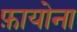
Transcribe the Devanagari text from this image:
फ़ायोना